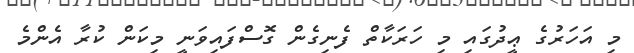
މި އަހަރުގެ ޢީދުގައި މި ހަރަކާތް ފެނިގެން ގޮސްފައިވަނީ މިކަން ކުރާ އެންމެ